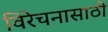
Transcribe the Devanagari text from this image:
विरेचनासाठी